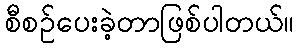
စီစဉ်ပေးခဲ့တာဖြစ်ပါတယ်။